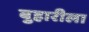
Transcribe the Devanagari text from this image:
बुहारीला